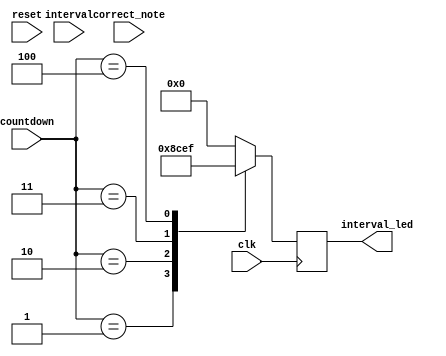
`timescale 1ns / 1ps
//////////////////////////////////////////////////////////////////////////////////
// Company: 
// Engineer: 
// 
// Design Name: 
// Module Name: Interval
// Project Name: 
// Target Devices: 
// Tool Versions: 
// Description: 
// 
// Dependencies: 
// 
// Revision:
// Revision 0.01 - File Created
// Additional Comments:
// 
//////////////////////////////////////////////////////////////////////////////////


module Interval(
input [2:0] countdown,
input correct_note,
input clk, reset,
input [2:0] interval,
output reg [3:0] interval_led
    );
    
    always @(posedge clk) begin
            case(countdown)
                1: interval_led <= 4'b1000;
                2: interval_led <= 4'b1100;
                3: interval_led <= 4'b1110;
                4: begin interval_led <= 4'b1111;end
                default:
                interval_led <= 4'b0000;
                endcase
        end
endmodule